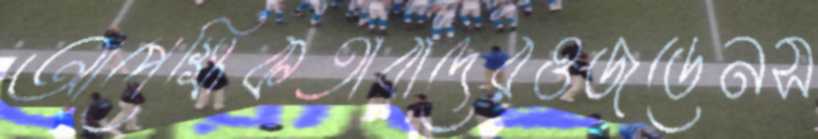
আপেক্ষিকতাবাদেরওজডেনস